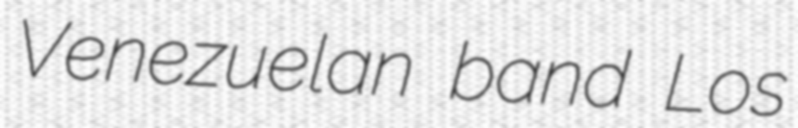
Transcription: Venezuelan band Los